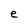
Character: e